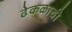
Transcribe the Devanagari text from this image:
ढेकळाची